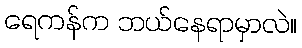
ရေကန်က ဘယ်နေရာမှာလဲ။